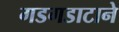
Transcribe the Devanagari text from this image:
गडगडाटाने